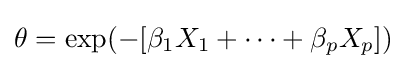
\theta =\exp(-[\beta _{1}X_{1}+\cdots +\beta _{p}X_{p}])